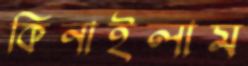
কিনাইলাম